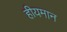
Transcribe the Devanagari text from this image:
हीयमान